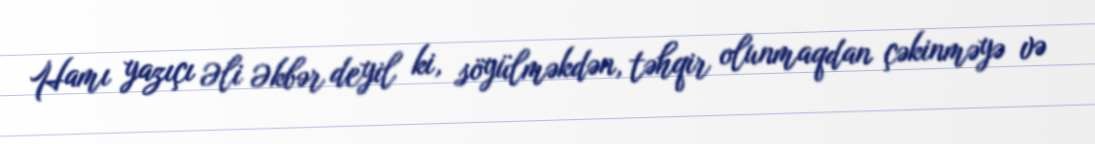
Hamı yazıçı Əli Əkbər deyil ki, söyülməkdən, təhqir olunmaqdan çəkinməyə və